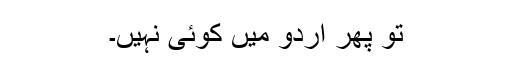
تو پھر اردو میں کوئی نہیں۔